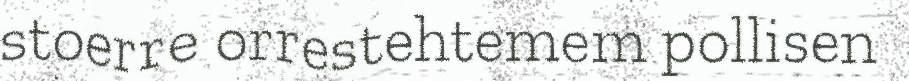
stoerre orrestehtemem pollisen